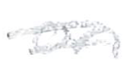
Text: on
Cross-out: double-line
Writing tool: pencil